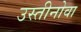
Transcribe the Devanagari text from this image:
उस्तीनोवा